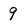
Character: 9